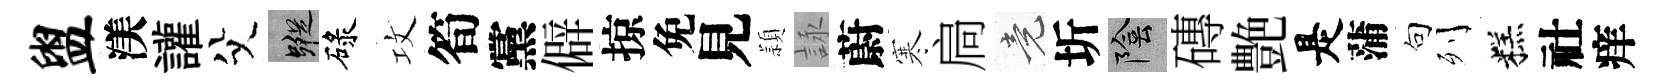
盥渼讙父蹤碌攻筍黨僻掠免見頴詠蔚寒扃竟圻陰磚艶是蒲句列糕社痒